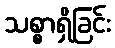
သစ္စာရှိခြင်း